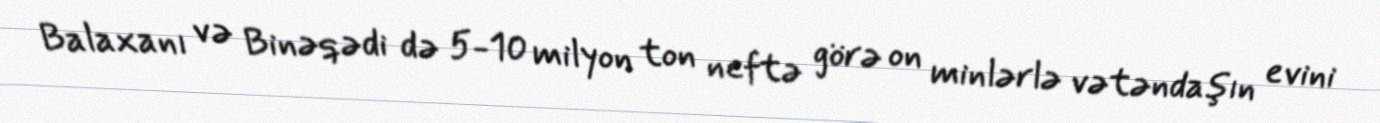
Balaxanı və Binəqədi də 5-10 milyon ton neftə görə on minlərlə vətəndaşın evini